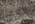
العمل